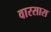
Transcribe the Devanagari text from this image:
वारसास